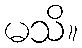
မသိ။